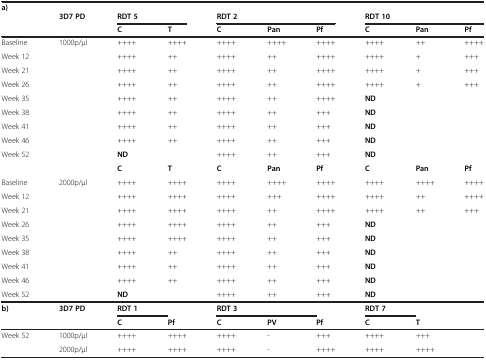
<table><thead><tr><td><b>a)</b></td><td><b> </b></td><td><b> </b></td><td><b> </b></td><td><b> </b></td><td><b> </b></td><td><b> </b></td><td><b> </b></td><td><b> </b></td><td><b> </b></td></tr><tr><td><b> </b></td><td><b>3D7 PD</b></td><td colspan="2"><b>RDT 5</b></td><td colspan="3"><b>RDT 2</b></td><td colspan="3"><b>RDT 10</b></td></tr><tr><td><b> </b></td><td><b> </b></td><td><b>C</b></td><td><b>T</b></td><td><b>C</b></td><td><b>Pan</b></td><td><b>Pf</b></td><td><b>C</b></td><td><b>Pan</b></td><td><b>Pf</b></td></tr></thead><tbody><tr><td>Baseline</td><td>1000p/Î1⁄4l</td><td>++++</td><td>++++</td><td>++++</td><td>++++</td><td>++++</td><td>++++</td><td>++</td><td>++++</td></tr><tr><td>Week 12</td><td> </td><td>++++</td><td>++</td><td>++++</td><td>++</td><td>++++</td><td>++++</td><td>+</td><td>+++</td></tr><tr><td>Week 21</td><td> </td><td>++++</td><td>++</td><td>++++</td><td>++</td><td>++++</td><td>++++</td><td>+</td><td>+++</td></tr><tr><td>Week 26</td><td> </td><td>++++</td><td>++</td><td>++++</td><td>++</td><td>++++</td><td>++++</td><td>+</td><td>+++</td></tr><tr><td>Week 35</td><td> </td><td>++++</td><td>++</td><td>++++</td><td>++</td><td>++++</td><td><b>ND</b></td><td> </td><td> </td></tr><tr><td>Week 38</td><td> </td><td>++++</td><td>++</td><td>++++</td><td>++</td><td>+++</td><td><b>ND</b></td><td> </td><td> </td></tr><tr><td>Week 41</td><td> </td><td>++++</td><td>++</td><td>++++</td><td>++</td><td>+++</td><td><b>ND</b></td><td> </td><td> </td></tr><tr><td>Week 46</td><td> </td><td>++++</td><td>++</td><td>++++</td><td>++</td><td>+++</td><td><b>ND</b></td><td> </td><td> </td></tr><tr><td>Week 52</td><td> </td><td><b>ND</b></td><td> </td><td>++++</td><td>++</td><td>+++</td><td><b>ND</b></td><td> </td><td> </td></tr><tr><td> </td><td> </td><td><b>C</b></td><td><b>T</b></td><td><b>C</b></td><td><b>Pan</b></td><td><b>Pf</b></td><td><b>C</b></td><td><b>Pan</b></td><td><b>Pf</b></td></tr><tr><td>Baseline</td><td>2000p/Î1⁄4l</td><td>++++</td><td>++++</td><td>++++</td><td>++++</td><td>++++</td><td>++++</td><td>++++</td><td>++++</td></tr><tr><td>Week 12</td><td> </td><td>++++</td><td>++++</td><td>++++</td><td>+++</td><td>++++</td><td>++++</td><td>++</td><td>++++</td></tr><tr><td>Week 21</td><td> </td><td>++++</td><td>++++</td><td>++++</td><td>++</td><td>++++</td><td>++++</td><td>++</td><td>+++</td></tr><tr><td>Week 26</td><td> </td><td>++++</td><td>++++</td><td>++++</td><td>++</td><td>+++</td><td><b>ND</b></td><td> </td><td> </td></tr><tr><td>Week 35</td><td> </td><td>++++</td><td>++++</td><td>++++</td><td>++</td><td>+++</td><td><b>ND</b></td><td> </td><td> </td></tr><tr><td>Week 38</td><td> </td><td>++++</td><td>++</td><td>++++</td><td>++</td><td>+++</td><td><b>ND</b></td><td> </td><td> </td></tr><tr><td>Week 41</td><td> </td><td>++++</td><td>++</td><td>++++</td><td>++</td><td>+++</td><td><b>ND</b></td><td> </td><td> </td></tr><tr><td>Week 46</td><td> </td><td>++++</td><td>++</td><td>++++</td><td>++</td><td>+++</td><td><b>ND</b></td><td> </td><td> </td></tr><tr><td>Week 52</td><td> </td><td><b>ND</b></td><td> </td><td>++++</td><td>++</td><td>+++</td><td><b>ND</b></td><td> </td><td> </td></tr><tr><td><b>b)</b></td><td><b>3D7 PD</b></td><td><b>RDT 1</b></td><td> </td><td><b>RDT 3</b></td><td> </td><td> </td><td><b>RDT 7</b></td><td> </td><td> </td></tr><tr><td> </td><td> </td><td><b>C</b></td><td><b>Pf</b></td><td><b>C</b></td><td><b>PV</b></td><td><b>Pf</b></td><td><b>C</b></td><td><b>T</b></td><td> </td></tr><tr><td>Week 52</td><td>1000p/Î1⁄4l</td><td>++++</td><td>++++</td><td>++++</td><td>-</td><td>+++</td><td>++++</td><td>+++</td><td> </td></tr><tr><td> </td><td>2000p/Î1⁄4l</td><td>++++</td><td>++++</td><td>++++</td><td>-</td><td>++++</td><td>++++</td><td>++++</td><td> </td></tr></tbody></table>